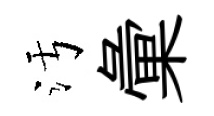
污彙